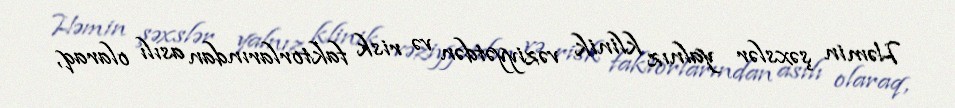
Həmin şəxslər yalnız klinik vəziyyətdən və risk faktorlarından asılı olaraq,